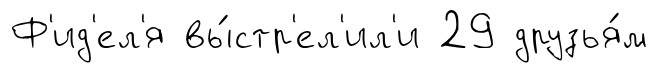
Ф'ид'ел'я вы́стр'ел'ил'и 29 друзья́м